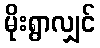
မိုးရွာလျှင်